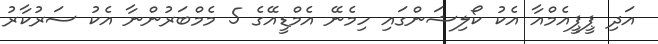
އަދި ޕީޕީއެމްއާ އެކު ކޯލިޝަންގައި ހިމެނޭ އެމްޑީއޭގެ 5 މެމްބަރުންނާ އެކު ސަރުކާރު